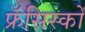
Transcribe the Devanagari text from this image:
फ्रँसिस्को